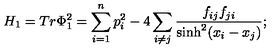
H _ { 1 } = T r \Phi _ { 1 } ^ { 2 } = \sum _ { i = 1 } ^ { n } p _ { i } ^ { 2 } - 4 \sum _ { i \neq j } \frac { f _ { i j } f _ { j i } } { \sinh ^ { 2 } ( x _ { i } - x _ { j } ) } ;